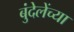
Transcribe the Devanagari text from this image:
बुंदेलेंच्या